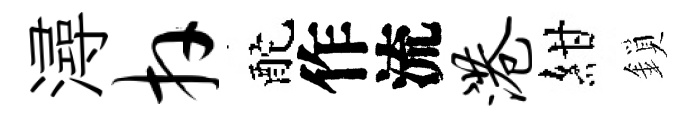
潯卉酡作流港紺鎖